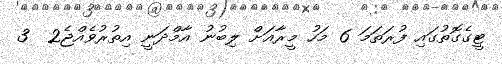
ޓީގެގޮތުގައި ފުރަތަމަ 6 މަހު މީރާއަށް ލިބުނު އާމްދަނީ އިތުރުވެއްޖެ2  3